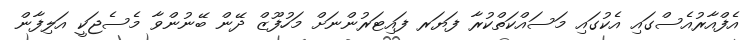
އެފްއާރުއެސްގައި އެކުގައި މަސައްކަތްކުރާ ފަޔަރ ފައިޓަރުންނަށް މަހުފޫޒް ދޭން ބޭނުންވާ މެސެޖަކީ އަލިފާން